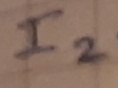
Text: I2